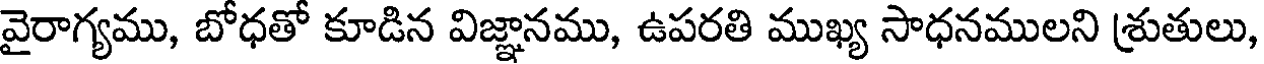
వైరాగ్యము, బోధతో కూడిన విజ్ఞానము, ఉపరతి ముఖ్య సాధనములని శ్రుతులు,